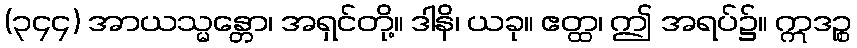
(၃၄၄) အာယသ္မန္တော၊ အရှင်တို့။ ဒါနိ၊ ယခု။ ဧတ္ထ၊ ဤ အရပ်၌။ ဣဒဉ္စ